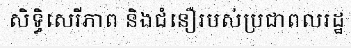
សិទ្ធិសេរីភាព និងជំនឿរបស់ប្រជាពលរដ្ឋ